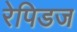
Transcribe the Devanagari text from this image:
रेपिडज